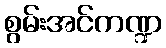
စွမ်းအင်ကဏ္ဍ